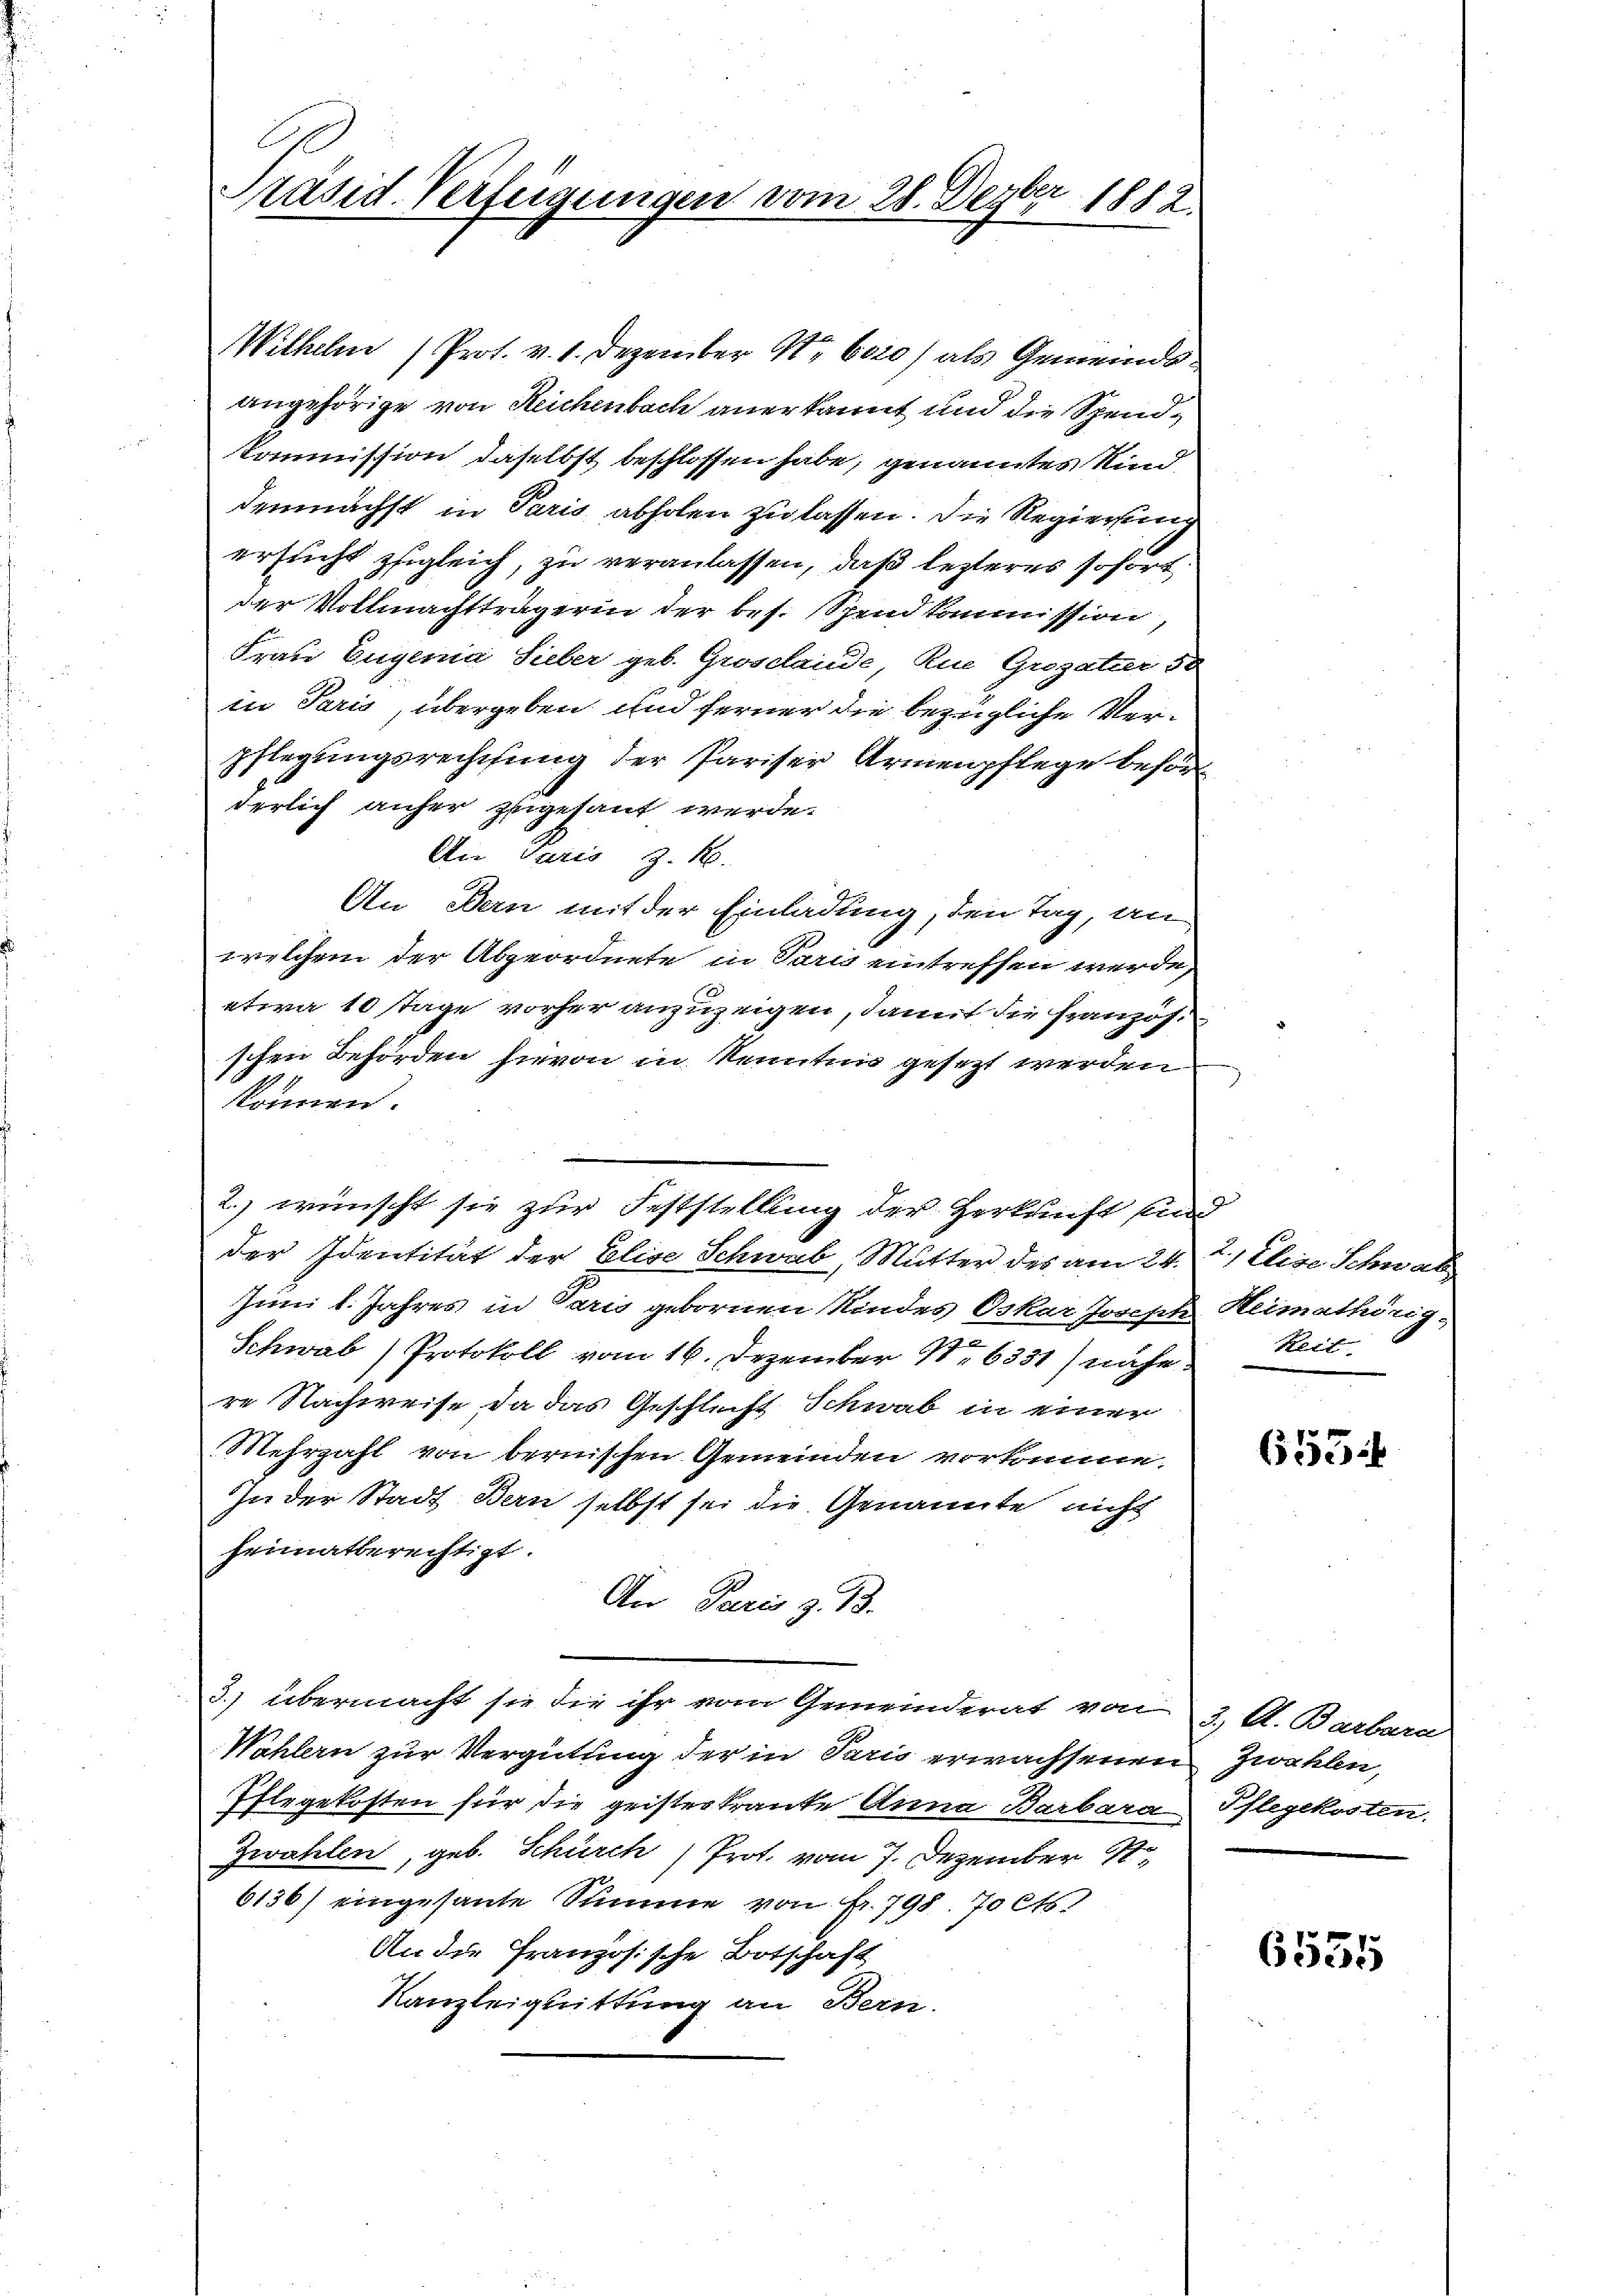
rasid. Verfügungen vom 28. Dezbr 1812.

Wilhelm (Prot. v. 1. Dezember N. 6020) als Gemeinds-
angehörige von Reichenbach anerkannt und die Spend-
Kommission daselbst beschlossen habe, genanntes Rin
demnächst in Paris abholen zu lassen. Die Regierun
ersucht zugleich, zu veranlassen, daß lezteres sofort
der Vollmachtträgerin der bes. Spend kommission
Frau Eugenia Sieber geb. Groschaude, Rue Grozater 50
in Paris, übergeben und ferner die bezügliche Ver-
pflegŭngsrechtung der Pariser Armenpflege besor
derlich anher zugesant werde.
An Paris z. B.
An Den mit der Einladung, den Tag, an
welchem der Abgeordnete in Paris eintreffen werde,
etwa 10 Tage vorher anzuzeigen, damit die Französ.
schen Behörden hievon in Kenntnis gesezt werden
können.
2.) wünscht sie zur Feststellung der Herkunft Ein
.
der Identität der Elise Schwab, Mutter des am 24.
Juni l. Jahres in Paris gebornen Kindes Oskar Joseph
Schwab (Protokoll vom 16. Dezember 11. 6331) nähe
re Nachweise da das Geschlucht Schwab in einer
Mehrzahl von bernischen Gemeinden vorkomme.
In der Stadt Bern selbst sei die Genannte nicht
heimatberechtigt.
An Paris z. 13.
3.) übermacht sie die ihr vom Gemeinderat von
Wahlen zur Vergütung der in Paris erwachsenen
Pflegekosten für die geisterkranke Anna Barbara
Zwahlen, geb. Schürch Prot. vom 7. Dezember s
6136) eingesante Summe von Fr. 798. 70 Cts.
An die französische Botschaft
Kanzleiguittung an Bern

2.) Elise Schwab
Heimathörig
Reit

655:

3., A. Barbara
Zwahlen,
Pflegekosten.

6555